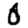
Digit: 0